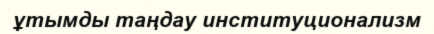
ұтымды таңдау институционализм